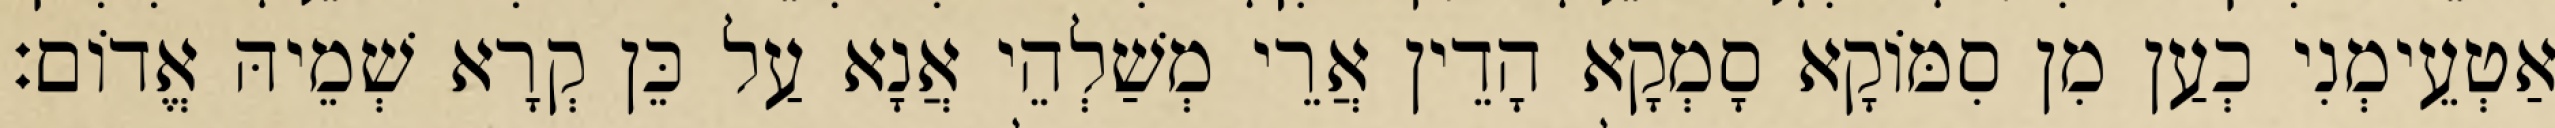
אַטְעֵימְנִי כְעַן מִן סִמּוֹקָא סָמְקָא הָדֵין אֲרֵי מְשַׁלְהֵי אֲנָא עַל כֵּן קְרָא שְׁמֵיהּ אֱדוֹם׃